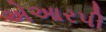
એઆરપી